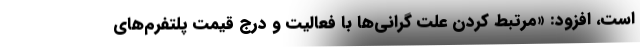
است، افزود: «مرتبط کردن علت گرانی‌ها با فعالیت و درج قیمت پلتفرم‌های